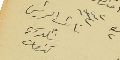
نائب الرئيس البلدية شكري كنعان